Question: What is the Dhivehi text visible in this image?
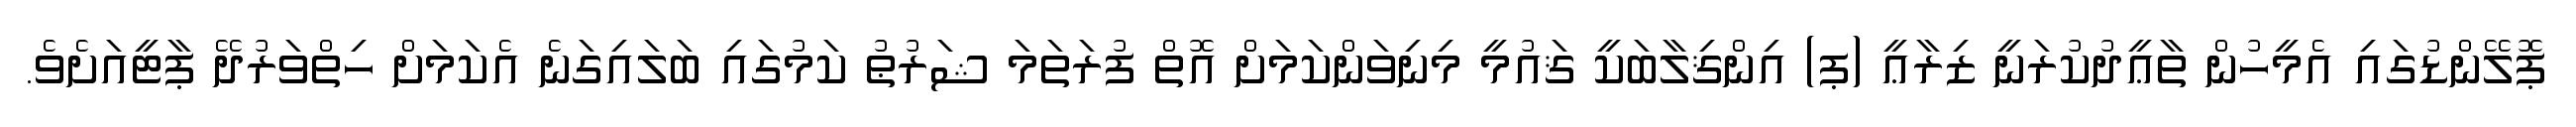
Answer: ޕޮލޭންޑުގައި އެމީހުން ތާޢީދުކުރަނީ ޒިރާޢީ (ޕ) އިންޤިލާބަކީ ޤައުމީ މިނިވަންކަމަށް އޮތް ފުރަތަމަ ޝަރުޠު ކަމުގައި ބަލައިގަނެ އެކަމަށް ހިތްވަރުދޭ ޕާޓީއަށެވެ.